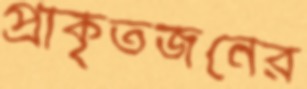
প্রাকৃতজনের